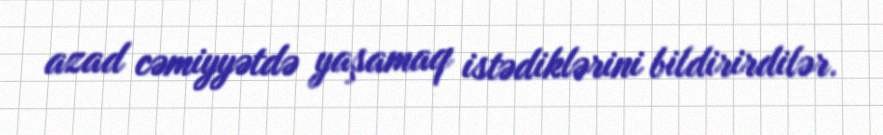
azad cəmiyyətdə yaşamaq istədiklərini bildirirdilər.